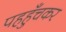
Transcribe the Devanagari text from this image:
पहहुँचकर